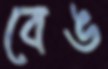
বেঙ